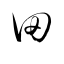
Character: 田